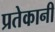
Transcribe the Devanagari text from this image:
प्रतेकानी